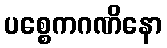
ပစ္စေကဂဏိနော